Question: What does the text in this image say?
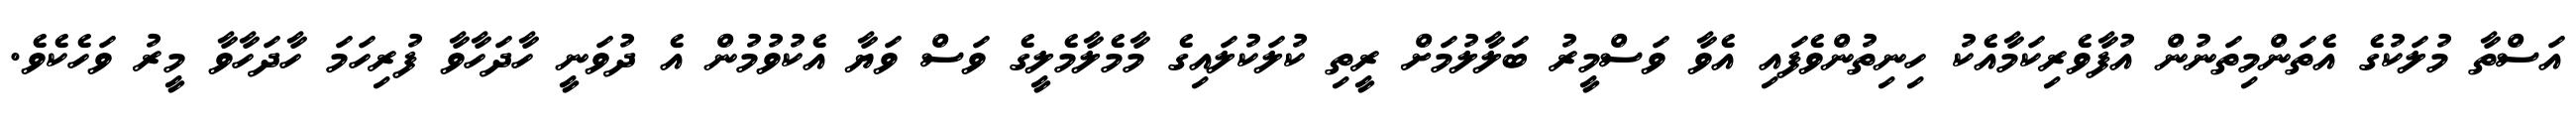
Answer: އަސްތާ މުލަކުގެ އެތަންމިތަނުން އުފާވެރިކަމާއެކު ހިނިތުންވެފައި އެވާ ވަސްމީރު ބަލާލުމަށް ރީތި ކުލަކުލައިގެ މާމެލާމެލީގެ ވަސް ވަޔާ އެކުވުމުން އެ ދުވަނީ ހާދަހާވާ ފުރިހަމަ ހާދަހާވާ މީރު ވަހެކެވެ.